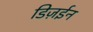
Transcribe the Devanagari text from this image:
डिज़ईन